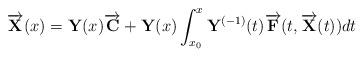
LaTeX: \begin{align*}\overrightarrow{{\bf X}}(x) = {\bf Y}(x) \overrightarrow{{\bf C}} +{\bf Y}(x) \int_{x_0}^x{\bf Y}^{(-1)}(t)\overrightarrow{{\bf F}}(t,\overrightarrow{{\bf X}}(t))dt\end{align*}